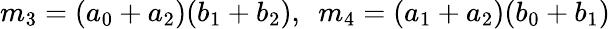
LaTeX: m_{3}=(a_{0}+a_{2})(b_{1}+b_{2}),\ \ m_{4}=(a_{1}+a_{2})(b_{0}+b_{1})